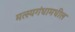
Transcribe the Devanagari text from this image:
मत्स्यगंधामधील